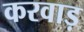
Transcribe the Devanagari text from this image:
करवाड़